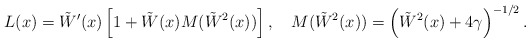
\begin{align*}L(x)=\tilde W'(x)\left[1+\tilde W(x)M(\tilde W{}^2(x)) \right], \quad M(\tilde W{}^2(x))= \left( \tilde W^2(x)+4\gamma\right)^{-1/2}.\end{align*}